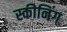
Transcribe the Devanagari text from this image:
स्कीनिंग